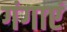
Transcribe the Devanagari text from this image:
गंगाएं